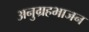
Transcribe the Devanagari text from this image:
अनुग्रहभाजन